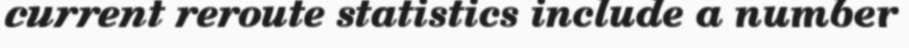
current reroute statistics include a number